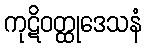
ကုဋိဝတ္ထုဒေသနံ